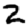
Digit: 2